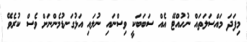
މިފަދަ މައްސަލަތައް ނުހުއްޓޭ އެއް ސަބަބަކީ ވިސްނައި ނުލައި އަޅުގަނޑުމެންނަށް ވެސް ކުރެވޭ